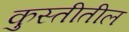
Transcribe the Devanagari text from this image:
कुस्तीतील